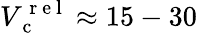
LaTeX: {V_{\mathrm{~c~}}^{\mathrm{~r~e~l~}}\approx 15-30}